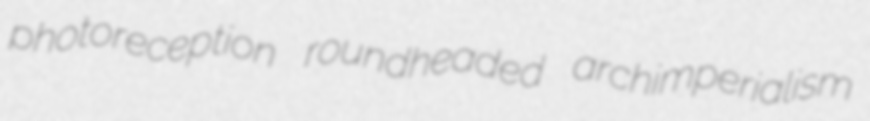
photoreception roundheaded archimperialism